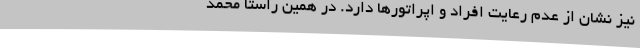
نیز نشان از عدم رعایت افراد و اپراتورها دارد. در همین راستا محمد